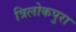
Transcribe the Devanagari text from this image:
त्रिलोकपुरा